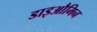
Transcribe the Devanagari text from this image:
डाइऔमिन